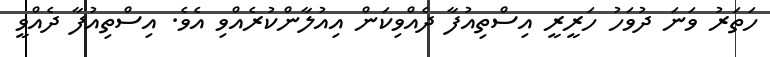
ހަތަރު ވަނަ ދުވަހު ހަރީރީ އިސްތިއުފާ ދެއްވިކަން އިއުލާންކުރެއްވި އެވެ. އިސްތިއުފާ ދެއްވީ